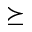
\succeq